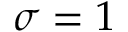
\sigma = 1